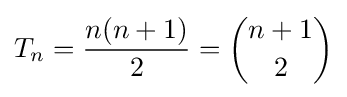
T_{n}={\frac {n(n+1)}{2}}={\binom {n+1}{2}}